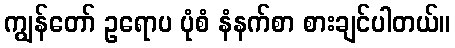
ကျွန်တော် ဥရောပ ပုံစံ နံနက်စာ စားချင်ပါတယ်။